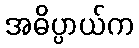
အဓိပ္ပာယ်က